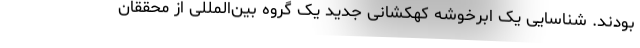
بودند. شناسایی یک ابرخوشه کهکشانی جدید یک گروه بین‌المللی از محققان